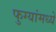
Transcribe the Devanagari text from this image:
फुग्यांमध्ये